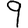
Digit: 9